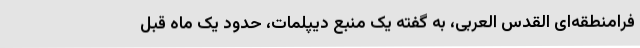
فرامنطقه‌ای القدس العربی، به گفته یک منبع دیپلمات، حدود یک ماه قبل